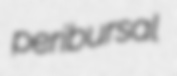
peribursal